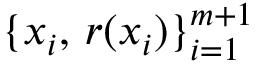
\{ x _ { i } , \, r ( x _ { i } ) \} _ { i = 1 } ^ { m + 1 }